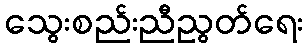
သွေးစည်းညီညွတ်ရေး